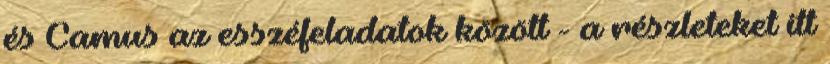
és Camus az esszéfeladatok között - a részleteket itt